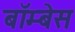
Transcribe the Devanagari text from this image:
बॉम्बेस